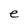
Character: e